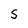
Character: S